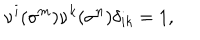
\nu ^ { i } ( \sigma ^ { m } ) \nu ^ { k } ( \sigma ^ { n } ) \delta _ { i k } = 1 , ~ ~